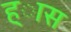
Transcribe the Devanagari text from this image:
ह्ास